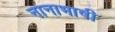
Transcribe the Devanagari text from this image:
नानाभाषी